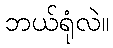
ဘယ်ရုံလဲ။